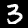
Label: 3